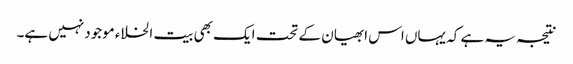
نتیجہ یہ ہے کہ یہاں اس ابھیان کے تحت ایک بھی بیت الخلاء موجودنہیں ہے۔